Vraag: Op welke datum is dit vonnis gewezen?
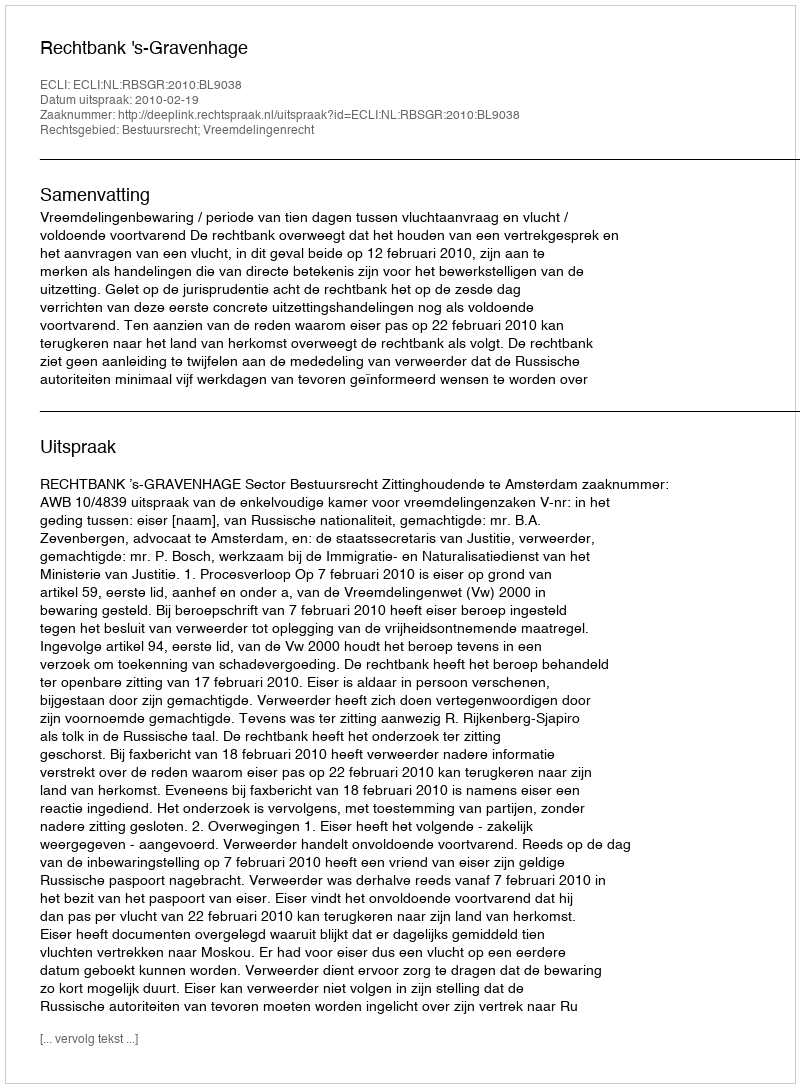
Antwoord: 2010-02-19